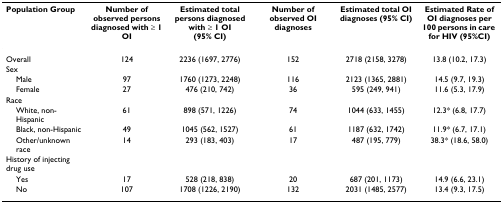
<table><thead><tr><td><b>Population Group</b></td><td><b>Number of observed persons diagnosed with ≥ 1 OI</b></td><td><b>Estimated total persons diagnosed with ≥ 1 OI (95% CI)</b></td><td><b>Number of observed OI diagnoses</b></td><td><b>Estimated total OI diagnoses (95% CI)</b></td><td><b>Estimated Rate of OI diagnoses per 100 persons in care for HIV (95%CI)</b></td></tr></thead><tbody><tr><td>Overall</td><td>124</td><td>2236 (1697, 2776)</td><td>152</td><td>2718 (2158, 3278)</td><td>13.8 (10.2, 17.3)</td></tr><tr><td>Sex</td><td></td><td></td><td></td><td></td><td></td></tr><tr><td> Male</td><td>97</td><td>1760 (1273, 2248)</td><td>116</td><td>2123 (1365, 2881)</td><td>14.5 (9.7, 19.3)</td></tr><tr><td> Female</td><td>27</td><td>476 (210, 742)</td><td>36</td><td>595 (249, 941)</td><td>11.6 (5.3, 17.9)</td></tr><tr><td>Race</td><td></td><td></td><td></td><td></td><td></td></tr><tr><td> White, non-Hispanic</td><td>61</td><td>898 (571, 1226)</td><td>74</td><td>1044 (633, 1455)</td><td>12.3* (6.8, 17.7)</td></tr><tr><td> Black, non-Hispanic</td><td>49</td><td>1045 (562, 1527)</td><td>61</td><td>1187 (632, 1742)</td><td>11.9* (6.7, 17.1)</td></tr><tr><td> Other/unknown race</td><td>14</td><td>293 (183, 403)</td><td>17</td><td>487 (195, 779)</td><td>38.3* (18.6, 58.0)</td></tr><tr><td>History of injecting drug use</td><td></td><td></td><td></td><td></td><td></td></tr><tr><td> Yes</td><td>17</td><td>528 (218, 838)</td><td>20</td><td>687 (201, 1173)</td><td>14.9 (6.6, 23.1)</td></tr><tr><td> No</td><td>107</td><td>1708 (1226, 2190)</td><td>132</td><td>2031 (1485, 2577)</td><td>13.4 (9.3, 17.5)</td></tr></tbody></table>